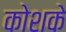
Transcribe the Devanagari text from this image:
कोशके